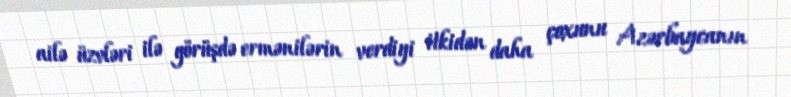
ailə üzvləri ilə görüşdə ermənilərin verdiyi itkidən daha çoxunu Azərbaycanın